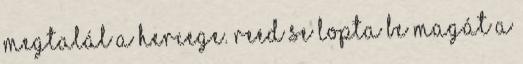
megtalál a hercege. Reed se lopta be magát a